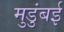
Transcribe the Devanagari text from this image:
मुडुंबई